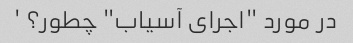
در مورد "اجرای آسیاب" چطور؟ '